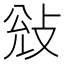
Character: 𭣭